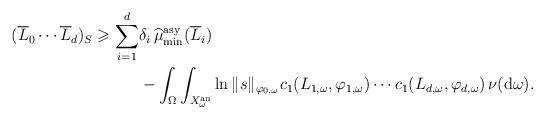
LaTeX: \begin{align*}(\overline L_0\cdots\overline L_d)_S\geqslant \sum_{i=1}^d&\delta_i\operatorname{\widehat{\mu}_{\min}^{\mathrm{asy}}}(\overline L_i)\\&-\int_{\Omega}\int_{X_\omega^{\mathrm{an}}}\ln\|s\|_{\varphi_{0,\omega}}c_1(L_{1,\omega},\varphi_{1,\omega})\cdots c_1(L_{d,\omega},\varphi_{d,\omega})\,\nu(\mathrm{d}\omega).\end{align*}